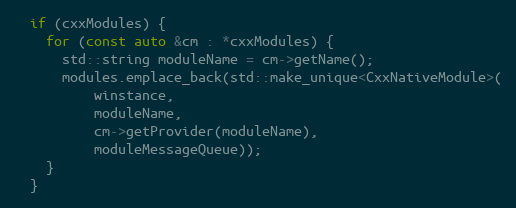
Language: C++
  if (cxxModules) {
    for (const auto &cm : *cxxModules) {
      std::string moduleName = cm->getName();
      modules.emplace_back(std::make_unique<CxxNativeModule>(
          winstance,
          moduleName,
          cm->getProvider(moduleName),
          moduleMessageQueue));
    }
  }